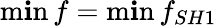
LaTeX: \operatorname*{m\mathbf{i}n}{f}=\operatorname*{m\mathbf{i}n}{f_{SH1}}